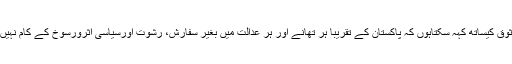
میں وثوق کیساتھ کہہ سکتاہوں کہ پاکستان کے تقریبا ہر تھانے اور ہر عدالت میں بغیر سفارش، رشوت اورسیاسی اثرورسوخ کے کام نہیں ہوتا !